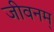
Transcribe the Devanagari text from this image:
जीवनम्